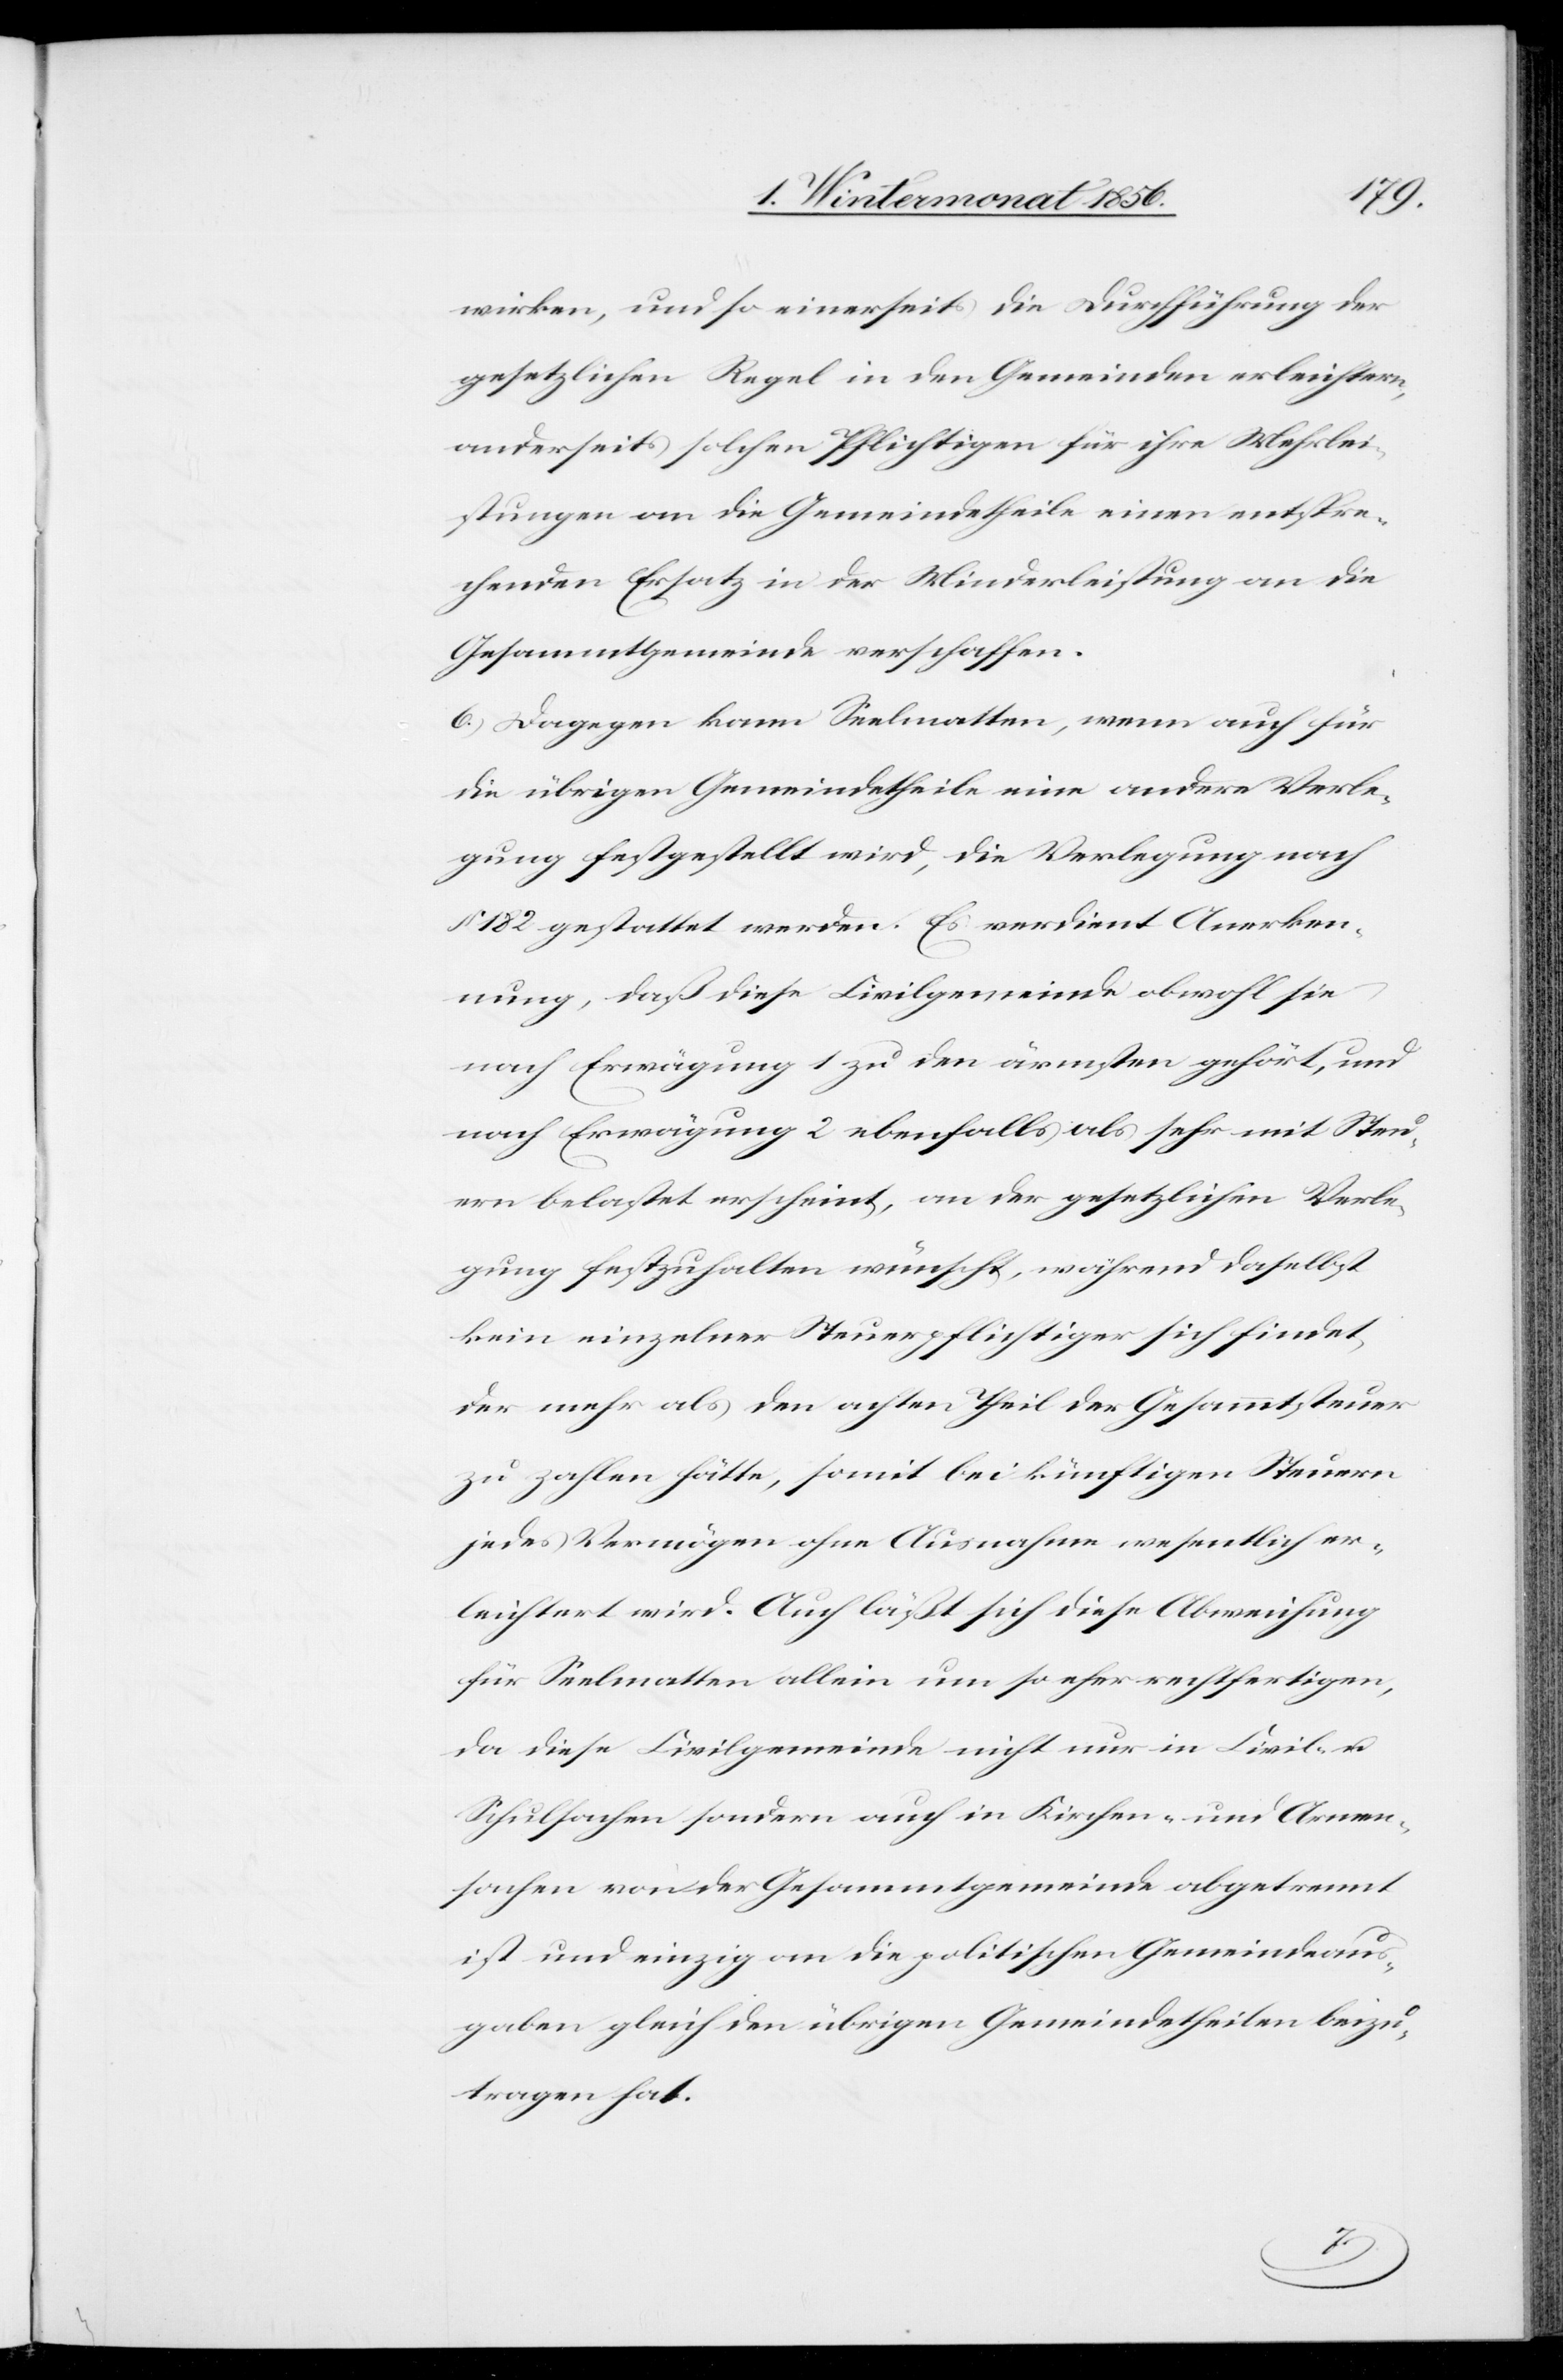
wirken, und so einerseits die Durchführung der
gesetzlichen Regel in den Gemeinden erleichtern,
anderseits solchen Pflichtigen für ihre Mehrlei¬
stungen an die Gemeindetheile einen entspre¬
chenden Ersatz in der Minderleistung an die
Gesammtgemeinde verschaffen.
6.) Dagegen kann Seelmatten, wenn auch für
die übrigen Gemeindetheile eine andere Verle¬
gung festgehalten wird, die Verlegung nach
§ 182 gestattet werden. Es verdient Anerken¬
nung, daß diese Civilgemeinde obwohl sie
nach Erwägung 1 zu den ärmsten gehört, und
nach Erwägung 2 ebenfalls als sehr mit Steu¬
ern belastet erscheint, an der gesetzlichen Verle¬
gung festzuhalten wünscht, während daselbst
kein einzelner Steuerpflichtiger sich findet,
der mehr als den achten Theil der Gesammtsteuer
zu zahlen hätte, somit bei künftigen Steuern
jedes Vermögen ohne Ausnahme wesentlich er¬
leichtert wird. Auch läßt sich diese Abweichung
für Seelmatten allein um so eher rechtfertigen,
da diese Civilgemeinde nicht nur in Civil- u.
Schulsachen sondern auch in Kirchen- und Armen¬
sachen von der Gesammtgemeinde abgetrennt
ist und einzig an die politischen Gemeindeaus¬
gaben gleich den übrigen Gemeindetheilen beizu¬
tragen hat.